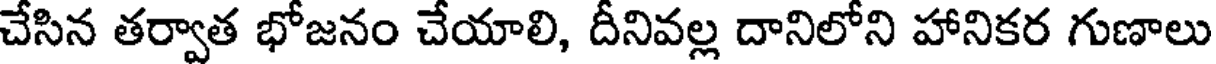
చేసిన తర్వాత భోజనం చేయాలి, దీనివల్ల దానిలోని హానికర గుణాలు